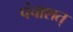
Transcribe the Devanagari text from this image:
पंचाशत्